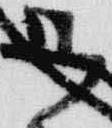
御